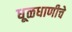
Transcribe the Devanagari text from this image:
धूळधाणीचे